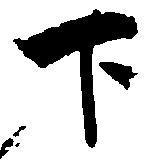
下